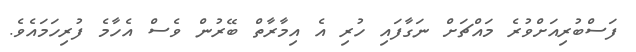
ފަސްބުރިއަށްވުރެ މައްޗަށް ނަގާފައި ހުރި އެ އިމާރާތް ބޭރުން ވެސް އެހާމެ ފުރިހަމައެވެ.